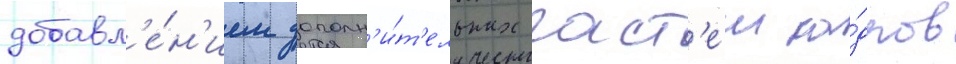
добавл'е́н'ием дополн'и́т'ельных част'еи ка́дров